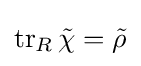
\operatorname {tr} _{R}{\tilde {\chi }}={\tilde {\rho }}